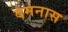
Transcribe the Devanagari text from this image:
दमनास